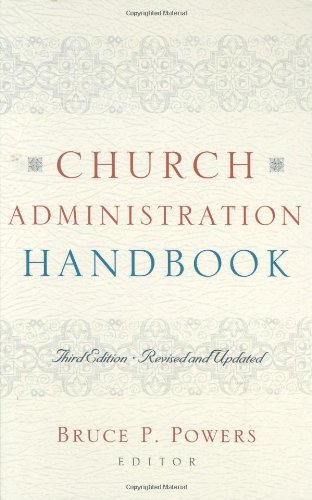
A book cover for Church Administration Handbook; Christian Books & Bibles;